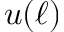
u ( \ell )